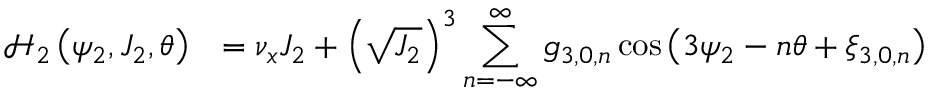
\begin{array} { c l } { \displaystyle \mathcal { H } _ { 2 } \left( \psi _ { 2 } , J _ { 2 } , \theta \right) } & { = \displaystyle \nu _ { x } J _ { 2 } + \left( \sqrt { J _ { 2 } } \right) ^ { 3 } \sum _ { n = - \infty } ^ { \infty } { g _ { 3 , 0 , n } \cos { \left( 3 \psi _ { 2 } - n \theta + \xi _ { 3 , 0 , n } \right) } } } \end{array}